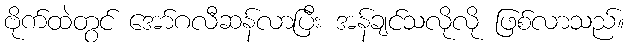
ဗိုက်ထဲတွင် အော်ဂလီဆန်လာပြီး အန်ချင်သလိုလို ဖြစ်လာသည်။